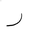
Letter: _ra